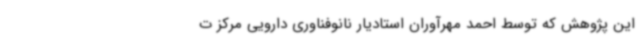
این پژوهش که توسط احمد مهرآوران استادیار نانوفناوری دارویی مرکز ت